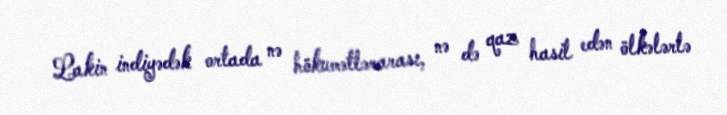
Lakin indiyədək ortada nə hökumətlərarası, nə də qaz hasil edən ölkələrlə